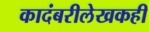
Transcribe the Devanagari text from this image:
कादंबरीलेखकही